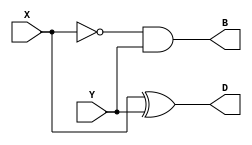
module Lab2_half_sub_dataflow(X,Y,B,D);
    output  B,D;
    input   X,Y;

    assign D=X^Y;
    assign B=(~X)&Y;
endmodule